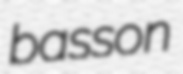
basson